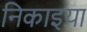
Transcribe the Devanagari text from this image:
निकाइया